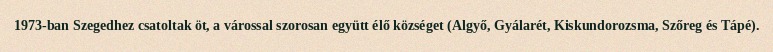
1973-ban Szegedhez csatoltak öt, a várossal szorosan együtt élő községet (Algyő, Gyálarét, Kiskundorozsma, Szőreg és Tápé).